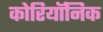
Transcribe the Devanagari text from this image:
कोरियॉनिक